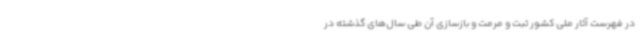
در فهرست آثار ملی کشور ثبت و مرمت و بازسازی آن طی سال‌های گذشته در